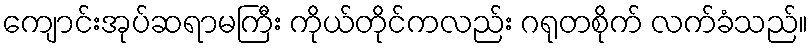
ကျောင်းအုပ်ဆရာမကြီး ကိုယ်တိုင်ကလည်း ဂရုတစိုက် လက်ခံသည်။